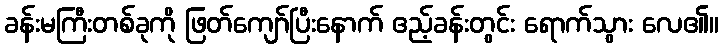
ခန်းမကြီးတစ်ခုကို ဖြတ်ကျော်ပြီးနောက် ဧည့်ခန်းတွင်း ရောက်သွား လေ၏။